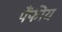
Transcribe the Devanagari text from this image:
पैंफीय